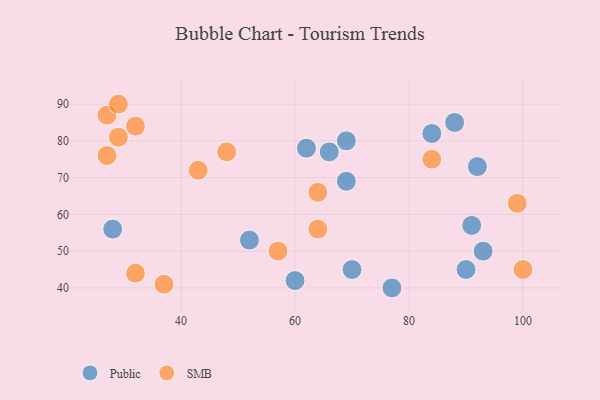
{"axis": {"x": "GDP", "y": "Life Expectancy"}, "legend": ["Public", "SMB"], "data": [{"x": "69", "y": 69, "type": "Public"}, {"x": "62", "y": 78, "type": "Public"}, {"x": "92", "y": 73, "type": "Public"}, {"x": "66", "y": 77, "type": "Public"}, {"x": "60", "y": 42, "type": "Public"}, {"x": "90", "y": 45, "type": "Public"}, {"x": "69", "y": 80, "type": "Public"}, {"x": "93", "y": 50, "type": "Public"}, {"x": "88", "y": 85, "type": "Public"}, {"x": "52", "y": 53, "type": "Public"}, {"x": "91", "y": 57, "type": "Public"}, {"x": "28", "y": 56, "type": "Public"}, {"x": "77", "y": 40, "type": "Public"}, {"x": "84", "y": 82, "type": "Public"}, {"x": "70", "y": 45, "type": "Public"}, {"x": "37", "y": 41, "type": "SMB"}, {"x": "32", "y": 44, "type": "SMB"}, {"x": "43", "y": 72, "type": "SMB"}, {"x": "48", "y": 77, "type": "SMB"}, {"x": "100", "y": 45, "type": "SMB"}, {"x": "57", "y": 50, "type": "SMB"}, {"x": "27", "y": 87, "type": "SMB"}, {"x": "32", "y": 84, "type": "SMB"}, {"x": "64", "y": 66, "type": "SMB"}, {"x": "84", "y": 75, "type": "SMB"}, {"x": "64", "y": 56, "type": "SMB"}, {"x": "99", "y": 63, "type": "SMB"}, {"x": "29", "y": 81, "type": "SMB"}, {"x": "29", "y": 90, "type": "SMB"}, {"x": "27", "y": 76, "type": "SMB"}]}